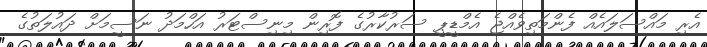
އެރި މައްސަލައެއް ފެންމަތިވެއްޖެ އެމްޑީޕީ ސަރުކާރުގެ ފޮރިން މިނިސްޓަރު އަހްމަދު ނަސީމަށް ދައުލަތުގެ